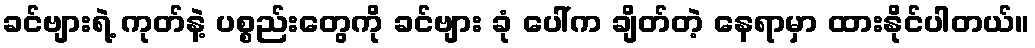
ခင်ဗျားရဲ့ ကုတ်နဲ့ ပစ္စည်းတွေကို ခင်ဗျား ခုံ ပေါ်က ချိတ်တဲ့ နေရာမှာ ထားနိုင်ပါတယ်။